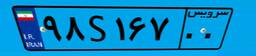
۹۸S۱۶۷۰۰